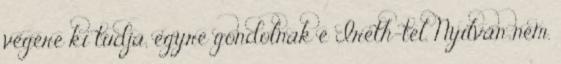
végére ki tudja, egyre gondolnak e Ireth-tel. Nyilván nem.